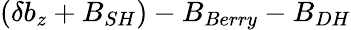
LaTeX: (\delta b_{z}+B_{SH})-B_{Berry}-B_{DH}